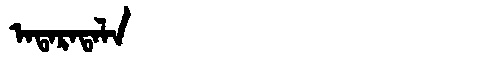
Manchu: ᠠᡨᠠᡵᠠᡨᠠᠯᠠ
Romanization: ATARATALA